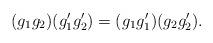
LaTeX: \begin{align*}(g_1 g_2)(g_1' g_2') = (g_1 g_1')(g_2 g_2') .\end{align*}